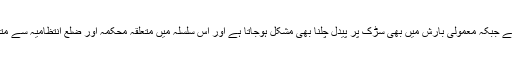
مقامی لوگوں نے انتظامیہ کو تنقید کا نشانہ بناتے ہوئے کہاکہ سڑک کی حالت خستہ ہوچکی ہے جبکہ معمولی بارش میں بھی سڑک پر پیدل چلنا بھی مشکل ہوجاتا ہے اور اس سلسلہ میں متعلقہ محکمہ اور ضلع انتظامیہ سے متعدد بار اپیل کی گئی لیکن یقین دہانیوں کے باوجود بھی سڑک کی حالت کو بہتر نہیں بنایا گیا ۔